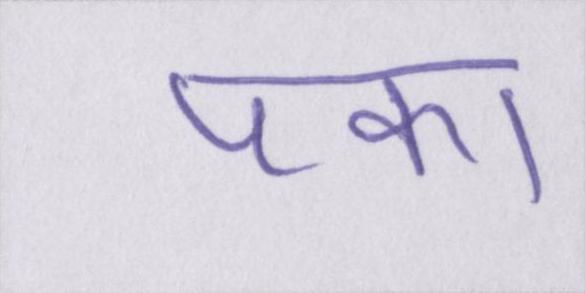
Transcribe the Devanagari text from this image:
पका